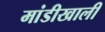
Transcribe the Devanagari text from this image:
मांडीखाली